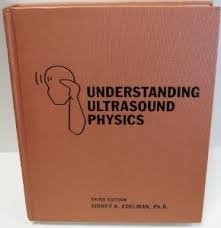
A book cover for Understanding Ultrasound Physics, Third Edition; Sidney K. Edelman; Science & Math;